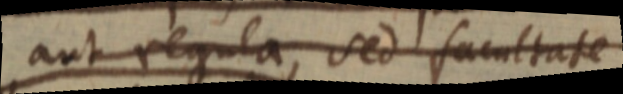
aut regula, sed facultate